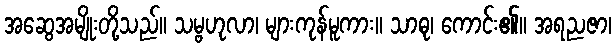
အဆွေအမျိုးတို့သည်။ သမ္ဗဟုလာ၊ များကုန်မူကား။ သာဓု၊ ကောင်း၏။ အရညဇာ၊